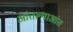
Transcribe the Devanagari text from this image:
आंतल्याआंत